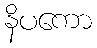
နိပကော